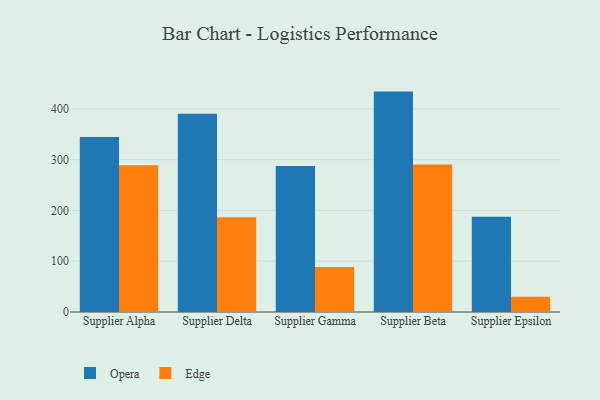
{"axis": {"x": "Supplier", "y": "Latency (ms)"}, "legend": ["Edge", "Opera"], "data": [{"x": "Supplier Alpha", "y": 344.9, "type": "Opera"}, {"x": "Supplier Alpha", "y": 289.1, "type": "Edge"}, {"x": "Supplier Delta", "y": 390.5, "type": "Opera"}, {"x": "Supplier Delta", "y": 186.6, "type": "Edge"}, {"x": "Supplier Gamma", "y": 287.5, "type": "Opera"}, {"x": "Supplier Gamma", "y": 88.6, "type": "Edge"}, {"x": "Supplier Beta", "y": 434.1, "type": "Opera"}, {"x": "Supplier Beta", "y": 290.6, "type": "Edge"}, {"x": "Supplier Epsilon", "y": 187.6, "type": "Opera"}, {"x": "Supplier Epsilon", "y": 29.8, "type": "Edge"}]}